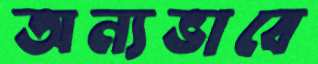
অন্যভাবে